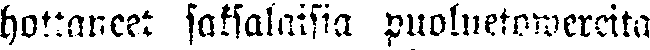
hoitaneet saksalaisia puoluetowereita